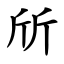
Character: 斦